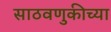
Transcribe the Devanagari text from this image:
साठवणुकीच्या